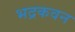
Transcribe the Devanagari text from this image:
भद्रकवन